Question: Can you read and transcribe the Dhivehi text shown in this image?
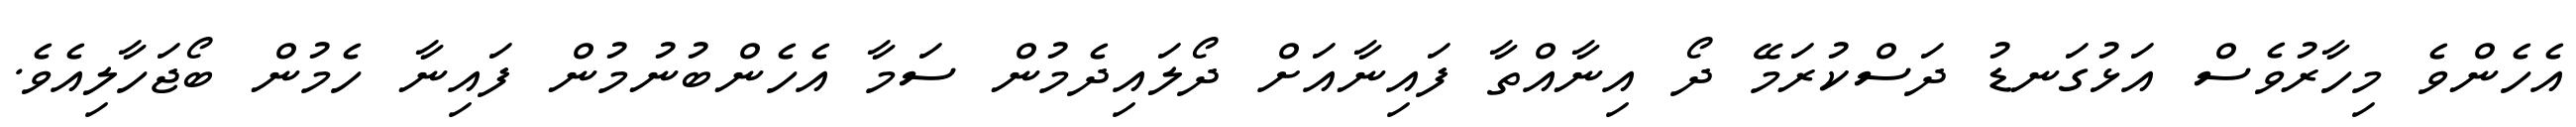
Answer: އެހެންވެ މިހާރުވެސް އަޅުގަނޑު ދަސްކުރަމޭ ދޯ އިނާއްތާ ފައިނާއަށް ދޯލައިދެމުން ސަމާ އެހެންބުނުމުން ފައިނާ ހެމުން ބޯޖަހާލިއެވެ.